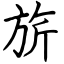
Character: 旂